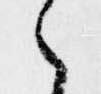
候